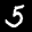
Label: 5